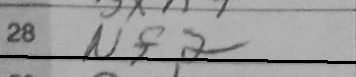
Transcription: Nf2